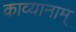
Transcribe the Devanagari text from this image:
काव्यानाम्